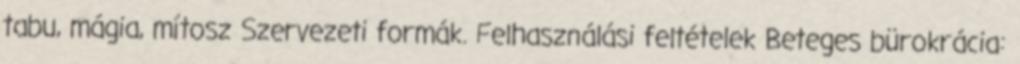
tabu, mágia, mítosz Szervezeti formák. Felhasználási feltételek Beteges bürokrácia: